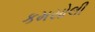
કમસોલી